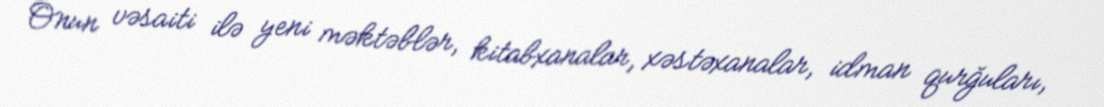
Onun vəsaiti ilə yeni məktəblər, kitabxanalar, xəstəxanalar, idman qurğuları,